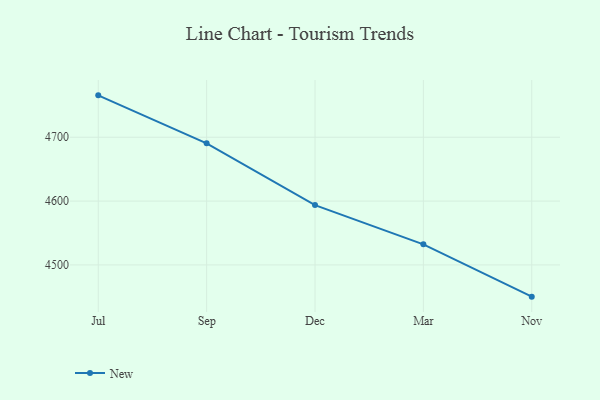
{"axis": {"x": "Month", "y": "Headcount"}, "legend": ["New"], "data": [{"x": "Jul", "y": 4765.6, "type": "New"}, {"x": "Sep", "y": 4690.5, "type": "New"}, {"x": "Dec", "y": 4593.7, "type": "New"}, {"x": "Mar", "y": 4532.3, "type": "New"}, {"x": "Nov", "y": 4450.3, "type": "New"}]}